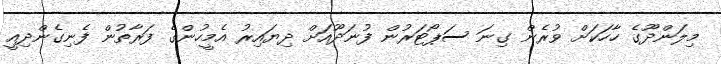
މިލަންދޫގެ ހާހަކަށް ވުރެން ގިނަ ސަޕޯޓަރުން ފުނަދޫއަށް ދިޔައިރު އެމީހުންގެ ފަރާތުން ފެނިގެންދިއީ